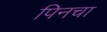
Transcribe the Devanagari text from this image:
पिनचा